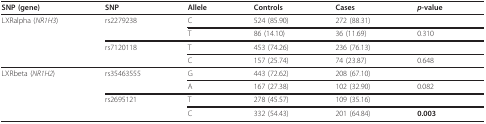
<table><thead><tr><td><b>SNP (gene)</b></td><td><b>SNP</b></td><td><b>Allele</b></td><td><b>Controls</b></td><td><b>Cases</b></td><td><b><i>p</i>-value</b></td></tr></thead><tbody><tr><td>LXRalpha (<i>NR1H3</i>)</td><td>rs2279238</td><td>C</td><td>524 (85.90)</td><td>272 (88.31)</td><td></td></tr><tr><td></td><td></td><td>T</td><td>86 (14.10)</td><td>36 (11.69)</td><td>0.310</td></tr><tr><td></td><td>rs7120118</td><td>T</td><td>453 (74.26)</td><td>236 (76.13)</td><td></td></tr><tr><td></td><td></td><td>C</td><td>157 (25.74)</td><td>74 (23.87)</td><td>0.648</td></tr><tr><td>LXRbeta (<i>NR1H2</i>)</td><td>rs35463555</td><td>G</td><td>443 (72.62)</td><td>208 (67.10)</td><td></td></tr><tr><td></td><td></td><td>A</td><td>167 (27.38)</td><td>102 (32.90)</td><td>0.082</td></tr><tr><td></td><td>rs2695121</td><td>T</td><td>278 (45.57)</td><td>109 (35.16)</td><td></td></tr><tr><td></td><td></td><td>C</td><td>332 (54.43)</td><td>201 (64.84)</td><td><b>0.003</b></td></tr></tbody></table>